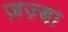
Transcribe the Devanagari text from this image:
ज़ज़्बा